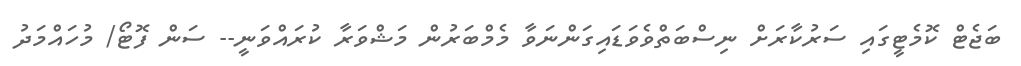
ބަޖެޓް ކޮމެޓީގައި ސަރުކާރަށް ނިސްބަތްވެވަޑައިގަންނަވާ މެމްބަރުން މަޝްވަރާ ކުރައްވަނީ-- ސަން ފޮޓޯ/ މުހައްމަދު